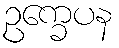
ဥက္ခေပန